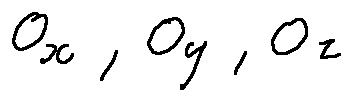
\theta _ { x } , \theta _ { y } , \theta _ { z }